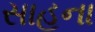
સાહૂના